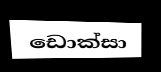
ඩොක්සා